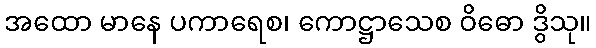
အထော မာနေ ပကာရေစ၊ ကောဋ္ဌာသေစ ဝိဓော ဒွိသု။